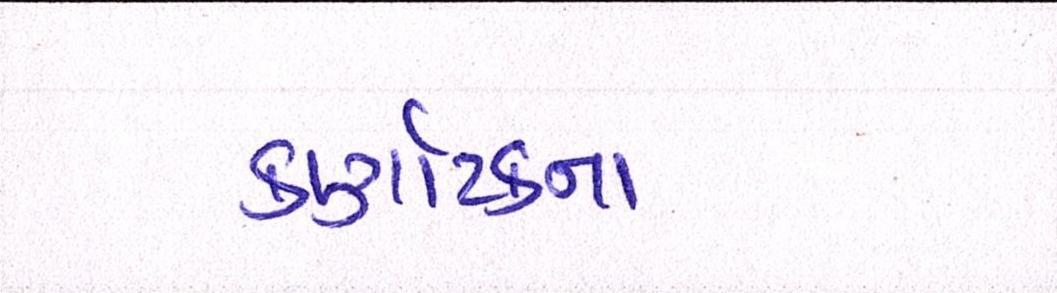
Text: કર્ણાટકના